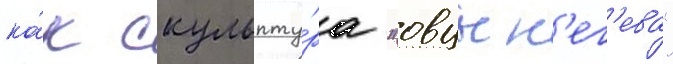
ка́к скульпту́ра "овцы н'ег'ева"